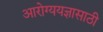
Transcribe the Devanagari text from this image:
आरोग्ययज्ञासाठी